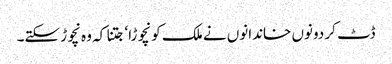
ڈٹ کر دونوں خاندانوں نے ملک کو نچوڑا‘ جتنا کہ وہ نچوڑ سکتے۔